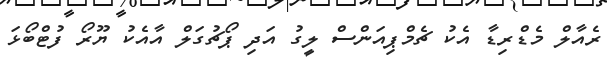
ރެއާލް މެޑްރިޑާ އެކު ޗެމްޕިއަންސް ލީގު އަދި ޕޯޗުގަލް އާއެކު ޔޫރޯ ފުޓްބޯޅަ